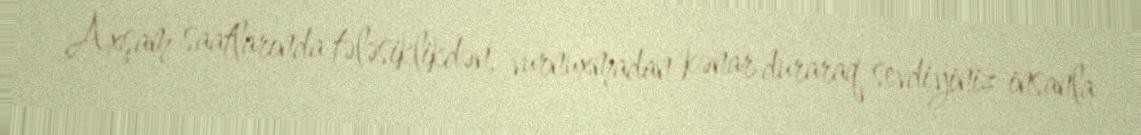
Axşam saatlarında tələsiklikdən, vurnuxmadan kənar duraraq sevdiyiniz insanla